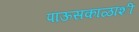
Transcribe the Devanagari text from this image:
पाऊसकाळाशी